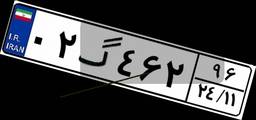
۰۲گ۴۶۲۹۶